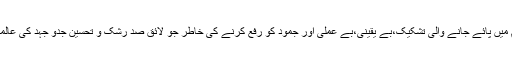
ڈاکٹر نثار احمد قریشی نے تعلیمی نظام میں پائے جانے والی تشکیک،بے یقینی،بے عملی اور جمود کو رفع کرنے کی خاطر جو لائق صد رشک و تحسین جدو جہد کی عالمی سطح پر اسے بنظر تحسین دیکھا گیا۔